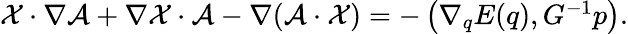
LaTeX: \begin{array}{r}{\mathcal{X}\cdot\nabla\mathcal{A}+\nabla\mathcal{X}\cdot\mathcal{A}-\nabla(\mathcal{A}\cdot\mathcal{X})=-\left(\nabla_{q}E(q),G^{-1}p\right).}\end{array}